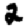
Digit: 2